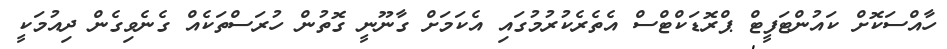
ހާއްސަކޮށް ކައުންޓަފީޓް ޕްރޮޑަކްޓްސް އެތެރެކުރުމުގައި އެކަމަށް ގާނޫނީ ގޮތުން ހުރަސްތަކެއް ގެނެވިގެން ދިއުމަކީ